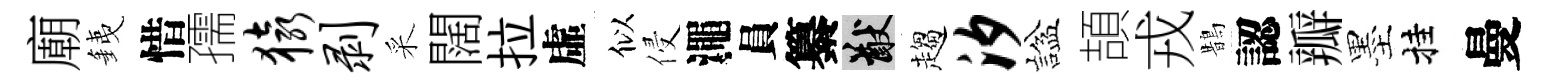
廟銕惜孺猿剥采闊拉虛似侵澠員纂猷趨汐諡頡戎鵲認瓣墨挂曼